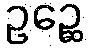
ဥဉ္ဆေ